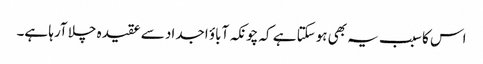
اس کا سبب یہ بھی ہوسکتا ہے کہ چونکہ آباؤ اجداد سے عقیدہ چلا آرہا ہے۔